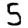
Digit: 5